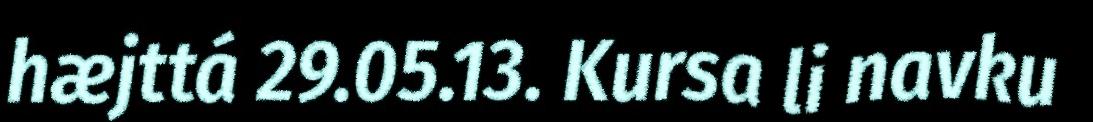
hæjttá 29.05.13. Kursa li navku